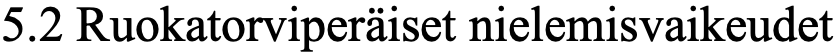
5.2 Ruokatorviperäiset nielemisvaikeudet